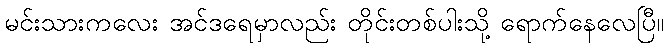
မင်းသားကလေး အင်ဒရေမှာလည်း တိုင်းတစ်ပါးသို့ ရောက်နေလေပြီ။